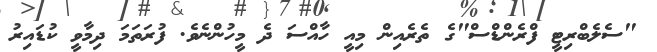
"ސެލެބްރިޓީ ފްރެންޑްސް"ގެ ތެރެއިން މިއީ ހާއްސަ ދެ މީހުންނެވެ. ފުރަތަމަ ދިމާވީ ކުޑައިރު